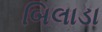
બિલાડા